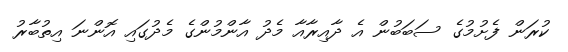
ކުރަން ފެށުމުގެ ސަބަބުން އެ ދާއިރާއާ މެދު އާންމުންގެ މެދުގައި އޮންނަ އިތުބާރު